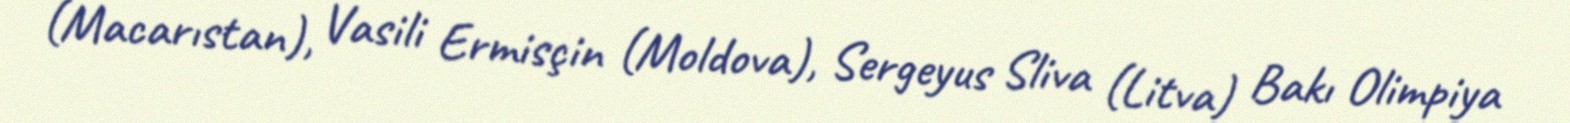
(Macarıstan), Vasili Ermisçin (Moldova), Sergeyus Sliva (Litva) Bakı Olimpiya